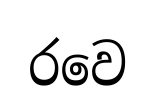
රවෙ